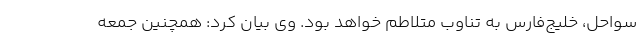
سواحل، خلیج‌فارس به تناوب متلاطم خواهد بود. وی بیان کرد: همچنین جمعه